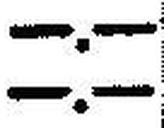
—.—